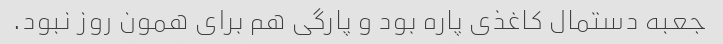
جعبه دستمال کاغذی پاره بود و پارگی هم برای همون روز نبود.